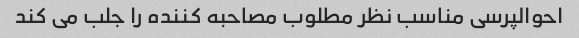
احوالپرسی مناسب نظر مطلوب مصاحبه کننده را جلب می کند